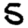
Digit: 5